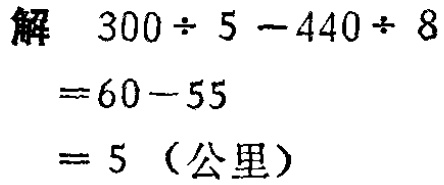
解 \(300\div 5 - 440\div 8\)
\(=60 - 55\)
\(= 5\)（公里）